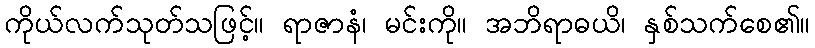
ကိုယ်လက်သုတ်သဖြင့်။ ရာဇာနံ၊ မင်းကို။ အဘိရာဓယိ၊ နှစ်သက်စေ၏။